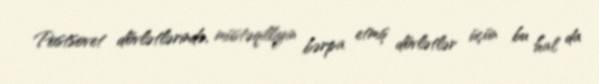
Postsovet dövlətlərində, müstəqilliyin bərpa etmiş dövlətlər üçün bu hal da